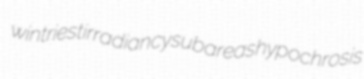
wintriest irradiancy subareas hypochrosis